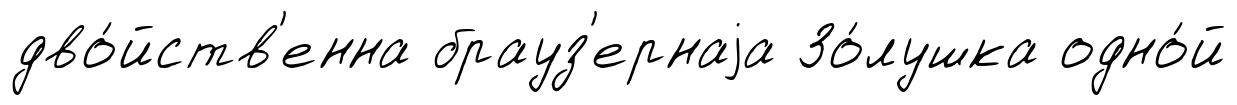
дво́йств'енна брауз'ернаjа Зо́лушка одно́й